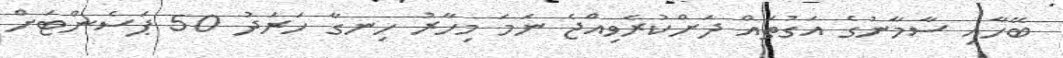
ބޭހާއި ސާމާނުގެ އަގުތައް ދަށްކުރެވިއްޖެ ނަމަ މިހާރު ހިނގާ ހަރަދު 50 ޕަސެންޓަށް